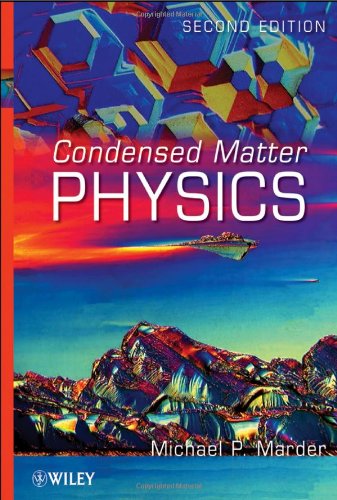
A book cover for Condensed Matter Physics; Michael P. Marder; Science & Math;